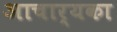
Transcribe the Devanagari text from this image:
अाचार्यका